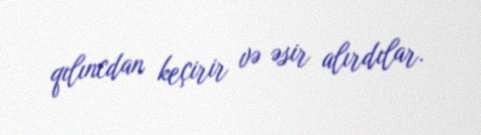
qılıncdan keçirir və əsir alırdılar.